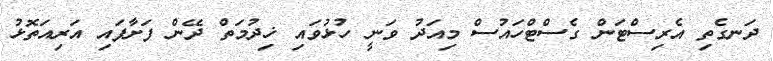
ދަނގެތި އެރިސްޓަން ގެސްޓްހައުސް މިއަދު ވަނީ ހުޅުވައި ޚިދުމަތް ދޭން ފަށާފައި އަރިއަތޮޅު